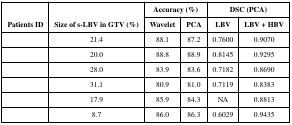
<table><thead><tr><td rowspan="2"><b>Patients ID</b></td><td rowspan="2"><b>Size of s-LBV in GTV (%)</b></td><td colspan="2"><b>Accuracy (%)</b></td><td colspan="2"><b>DSC (PCA)</b></td></tr><tr><td><b>Wavelet</b></td><td><b>PCA</b></td><td><b>LBV</b></td><td><b>LBV + HBV</b></td></tr></thead><tbody><tr><td>[EMPTY_CELL]</td><td>21.4</td><td>88.1</td><td>87.2</td><td>0.7600</td><td>0.9070</td></tr><tr><td>[EMPTY_CELL]</td><td>20.0</td><td>88.8</td><td>88.9</td><td>0.8145</td><td>0.9295</td></tr><tr><td>[EMPTY_CELL]</td><td>28.0</td><td>83.9</td><td>83.6</td><td>0.7182</td><td>0.8690</td></tr><tr><td>[EMPTY_CELL]</td><td>31.1</td><td>80.9</td><td>81.0</td><td>0.7119</td><td>0.8383</td></tr><tr><td>[EMPTY_CELL]</td><td>17.9</td><td>85.9</td><td>84.3</td><td>NA</td><td>0.8813</td></tr><tr><td>[EMPTY_CELL]</td><td>8.7</td><td>86.0</td><td>86.3</td><td>0.6029</td><td>0.9435</td></tr></tbody></table>